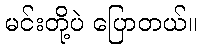
မင်းတို့ပဲ ပြောတယ်။